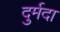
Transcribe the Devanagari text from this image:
दुर्मदा